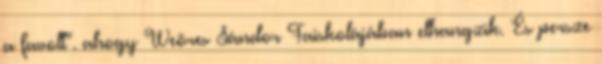
a favolt". ahogy Weöres Sándor Faiskolájában elhangzik. És persze